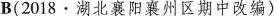
B(2018·湖北襄阳襄州区期中改编)